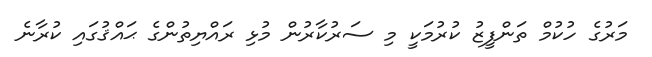
މަރުގެ ހުކުމް ތަންފީޒު ކުރުމަކީ މި ސަރުކާރުން މުޅި ރައްޔިތުންގެ ޙައްޤުގައި ކުރާނެ